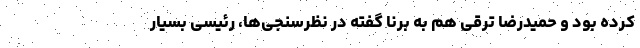
کرده بود و حمیدرضا ترقی هم به برنا گفته در نظرسنجی‌ها، رئیسی بسیار